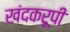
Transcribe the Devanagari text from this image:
खंदकरूपी